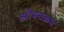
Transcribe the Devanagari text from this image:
श्रीपराक्रम